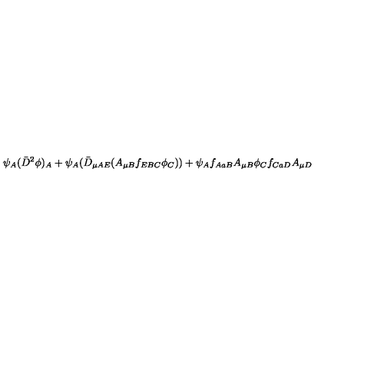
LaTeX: \psi _ { A } ( \bar { D } ^ { 2 } \phi ) _ { A } + \psi _ { A } ( \bar { D } _ { \mu A E } ( A _ { \mu B } f _ { E B C } \phi _ { C } ) ) + \psi _ { A } f _ { A a B } A _ { \mu B } \phi _ { C } f _ { C a D } A _ { \mu D }